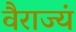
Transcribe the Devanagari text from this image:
वैराज्यं